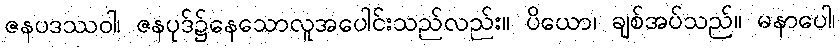
ဇနပဒဿဝါ၊ ဇနပုဒ်၌နေသောလူအပေါင်းသည်လည်း။ ပိယော၊ ချစ်အပ်သည်။ မနာပေါ၊